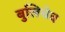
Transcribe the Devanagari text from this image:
बुलिचेव